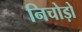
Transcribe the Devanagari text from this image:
निचोड़ो